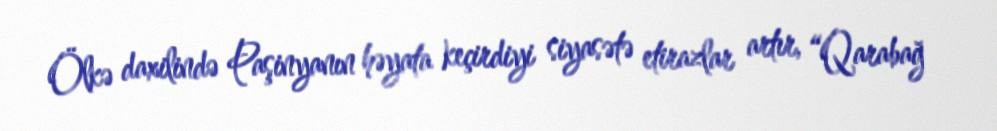
Ölkə daxilində Paşinyanın həyata keçirdiyi siyasətə etirazlar artır, “Qarabağ